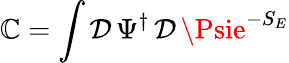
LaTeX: \mathbb{C}=\int\mathcal{{D}}\, \Psi^{\dagger}\, \mathcal{{D}}\, \Psie^{-S_{E}}